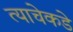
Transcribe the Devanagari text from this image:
त्याचेकडे